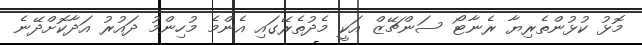
މޮޅު ކުޅުންތެރިޔާ ރެނާޓޯ ސަންޗޭޒް އަކީ މެދުތެރޭގައި އެންމެ މުހިންމު ދައުރު އަދާކޮށްދޭނެ